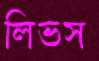
লিভস